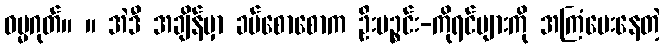
ဓမ္မဂုတ်။ ။ အဲဒီ အချိန်မှာ ခပ်စောစောက ဦးပဉ္စင်း-ကိုရင်များကို အကြံပေးနေတဲ့